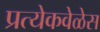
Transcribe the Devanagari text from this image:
प्रत्येकवेळेस